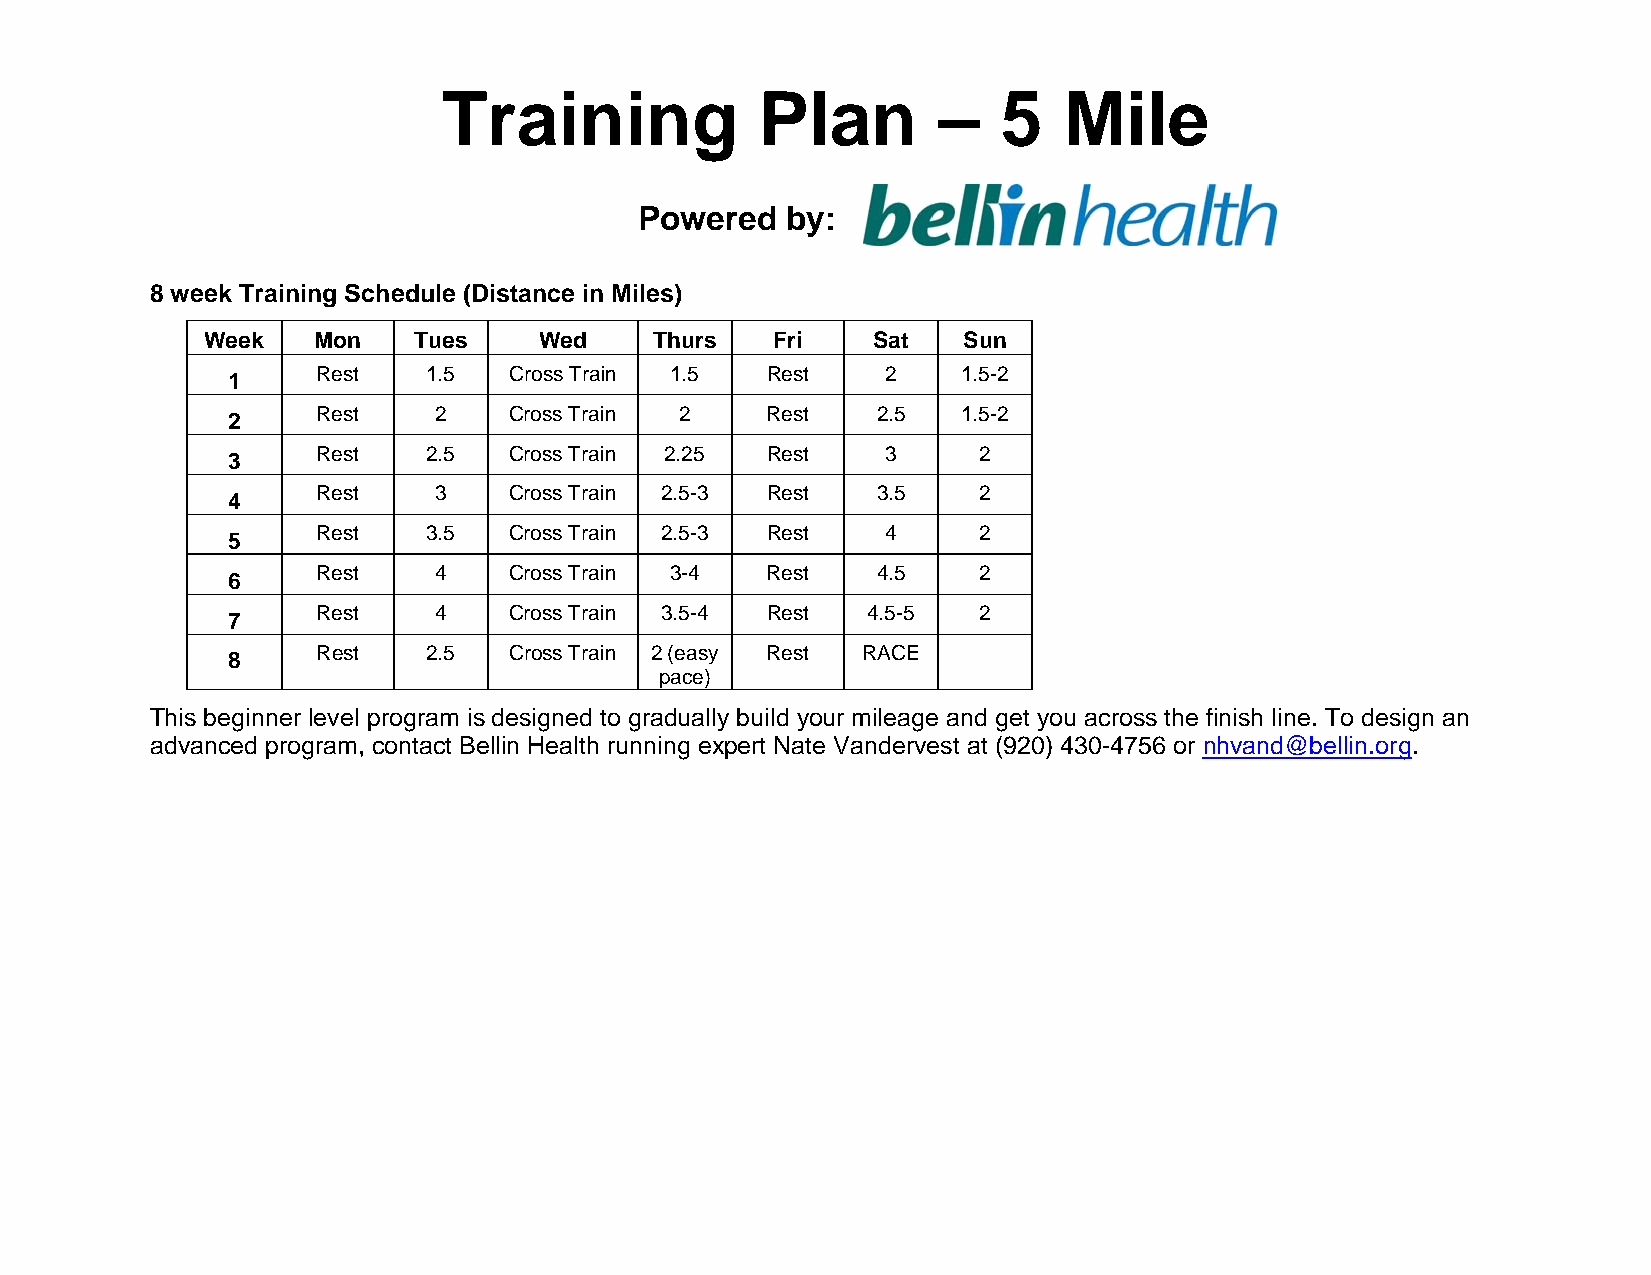
Training             Plan        –   5   Mile
 Powered   by:
 8 week Training Schedule (Distance in Miles)
 Week   Mon   Tues     Wed    Thurs   Fri    Sat   Sun
 Rest   1.5   Cross Train 1.5  Rest    2    1.5-2
 1
 Rest    2    Cross Train 2    Rest   2.5   1.5-2
 2
 Rest   2.5   Cross Train 2.25 Rest    3     2
 3
 Rest    3    Cross Train 2.5-3 Rest  3.5    2
 4
 Rest   3.5   Cross Train 2.5-3 Rest   4     2
 5
 Rest    4    Cross Train 3-4  Rest   4.5    2
 6
 Rest    4    Cross Train 3.5-4 Rest 4.5-5   2
 7
 Rest   2.5   Cross Train 2 (easy Rest RACE
 8
 pace)
 This beginner level program is designed to gradually build your mileage and get you across the finish line. To design an
 advanced program, contact Bellin Health running expert Nate Vandervest at (920) 430-4756 or nhvand@bellin.org.